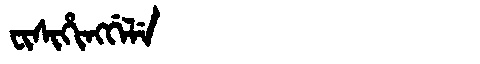
Manchu: ᠸᡳᠰᡳᡥᡳᠩᡤᡝᠯᡝ
Romanization: FISIHINGGELE